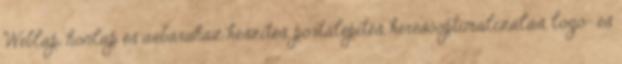
Weblap, honlap és webáruház készítés, portálépítés, keresőoptimalizálás, logó- és